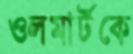
ওলমার্টকে